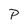
Character: P